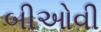
બીઓવી